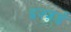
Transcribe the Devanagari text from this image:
इज्ज़र्ड